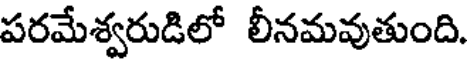
పరమేశ్వరుడిలో లీనమవుతుంది.